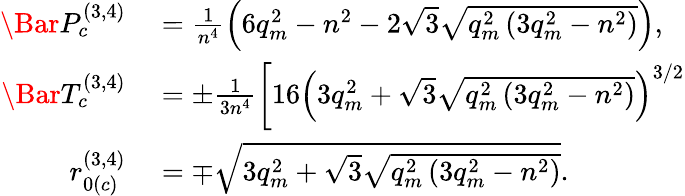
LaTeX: \begin{array}{rl}{\Bar{P}_{c}^{(3,4)}}&{{}=\frac{1}{n^{4}}\left(6q_{m}^{2}-n^{2}-2\sqrt{3}\sqrt{q_{m}^{2}\left(3q_{m}^{2}-n^{2}\right)}\right),}\\ {\Bar{T}_{c}^{(3,4)}}&{{}=\pm\frac{1}{3n^{4}}\left[16\left(3q_{m}^{2}+\sqrt{3}\sqrt{q_{m}^{2}\left(3q_{m}^{2}-n^{2}\right)}\right)^{3/2}\right.}\\ {r_{0(c)}^{(3,4)}}&{{}=\mp\sqrt{3q_{m}^{2}+\sqrt{3}\sqrt{q_{m}^{2}\left(3q_{m}^{2}-n^{2}\right)}}.}\end{array}